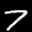
Label: 7